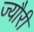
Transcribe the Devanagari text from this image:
ज्यौरी